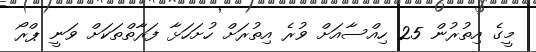
މީގެ އިތުރުން 25 ހިއްސާއަށް ވުރެ އިތުރަށް ހުށަހަޅާ ފަރާތްތަކަށް ވަނީ ޕްރޯ